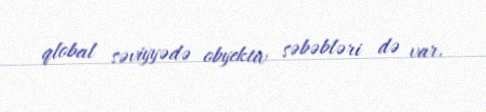
qlobal səviyyədə obyektiv səbəbləri də var.